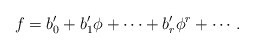
\begin{align*}f=b'_0+b'_1\phi+\cdots+b'_r\phi^r+ \cdots.\end{align*}